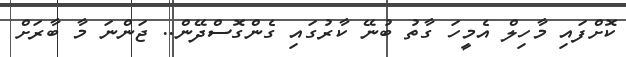
ކޮށްފައި މާހިލް އެމީހަ ގާތު ބުނޭ ކާރުގައި ގެންގޮސްދޭން.. ޖަންނަ މާ ބާރަށް